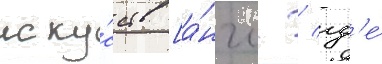
иску́сств [а́нгл. / гд'е́